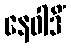
နေဝါဒိံ